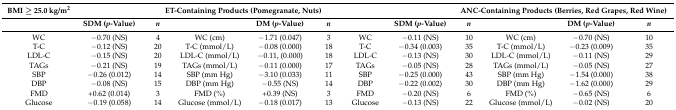
<table><thead><tr><td><b>BMI ≥ 25.0 kg/m<sup>2</sup></b></td><td>[EMPTY_CELL]</td><td colspan="4"><b>ET-Containing Products (Pomegranate, Nuts)</b></td><td>[EMPTY_CELL]</td><td>[EMPTY_CELL]</td><td colspan="4"><b>ANC-Containing Products (Berries, Red Grapes, Red Wine)</b></td></tr><tr><td>[EMPTY_CELL]</td><td><b>SDM (<i>p</i>-Value)</b></td><td><b><i>n</i></b></td><td>[EMPTY_CELL]</td><td><b>DM (<i>p</i>-Value)</b></td><td><b><i>n</i></b></td><td>[EMPTY_CELL]</td><td><b>SDM (<i>p</i>-Value)</b></td><td><b><i>n</i></b></td><td>[EMPTY_CELL]</td><td><b>DM (<i>p</i>-Value)</b></td><td><b><i>n</i></b></td></tr></thead><tbody><tr><td>WC</td><td>−0.70 (NS)</td><td>4</td><td>WC (cm)</td><td>−1.71 (0.047)</td><td>3</td><td>WC</td><td>−0.11 (NS)</td><td>10</td><td>WC (cm)</td><td>−0.70 (NS)</td><td>10</td></tr><tr><td>T-C</td><td>−0.12 (NS)</td><td>20</td><td>T-C (mmol/L)</td><td>−0.08 (0.000)</td><td>18</td><td>T-C</td><td>−0.34 (0.003)</td><td>35</td><td>T-C (mmol/L)</td><td>−0.23 (0.009)</td><td>35</td></tr><tr><td>LDL-C</td><td>−0.15 (NS)</td><td>20</td><td>LDL-C (mmol/L)</td><td>−0.11, (0.000)</td><td>18</td><td>LDL-C</td><td>−0.13 (NS)</td><td>30</td><td>LDL-C (mmol/L)</td><td>−0.11 (NS)</td><td>29</td></tr><tr><td>TAGs</td><td>−0.21 (NS)</td><td>19</td><td>TAGs (mmol/L)</td><td>−0.11 (0.000)</td><td>17</td><td>TAGs</td><td>−0.05 (NS)</td><td>28</td><td>TAGs (mmol/L)</td><td>−0.05 (NS)</td><td>27</td></tr><tr><td>SBP</td><td>−0.26 (0.012)</td><td>14</td><td>SBP (mm Hg)</td><td>−3.10 (0.033)</td><td>11</td><td>SBP</td><td>−0.25 (0.000)</td><td>43</td><td>SBP (mm Hg)</td><td>−1.54 (0.000)</td><td>38</td></tr><tr><td>DBP</td><td>−0.08 (NS)</td><td>15</td><td>DBP (mm Hg)</td><td>−0.55 (NS)</td><td>14</td><td>DBP</td><td>−0.22 (0.002)</td><td>30</td><td>DBP (mm Hg)</td><td>−1.62 (0.000)</td><td>29</td></tr><tr><td>FMD</td><td>+0.62 (0.014)</td><td>3</td><td>FMD (%)</td><td>+0.39 (NS)</td><td>3</td><td>FMD</td><td>−0.20 (NS)</td><td>6</td><td>FMD (%)</td><td>−0.65 (NS)</td><td>6</td></tr><tr><td>Glucose</td><td>−0.19 (0.058)</td><td>14</td><td>Glucose (mmol/L)</td><td>−0.18 (0.017)</td><td>13</td><td>Glucose </td><td>−0.13 (NS)</td><td>22</td><td>Glucose (mmol/L)</td><td>−0.02 (NS)</td><td>20</td></tr></tbody></table>